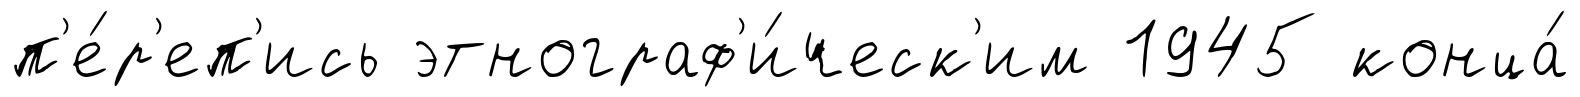
п'е́р'еп'ись этнограф'и́ческ'им 1945 конца́